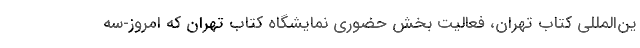
ین‌المللی کتاب تهران، فعالیت بخش حضوری نمایشگاه کتاب تهران که امروز-سه